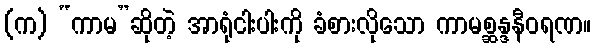
(က) “ကာမ”ဆိုတဲ့ အာရုံငါးပါးကို ခံစားလိုသော ကာမစ္ဆန္ဒနီဝရဏ။